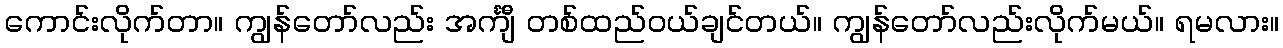
ကောင်းလိုက်တာ။ ကျွန်တော်လည်း အင်္ကျီ တစ်ထည်ဝယ်ချင်တယ်။ ကျွန်တော်လည်းလိုက်မယ်။ ရမလား။